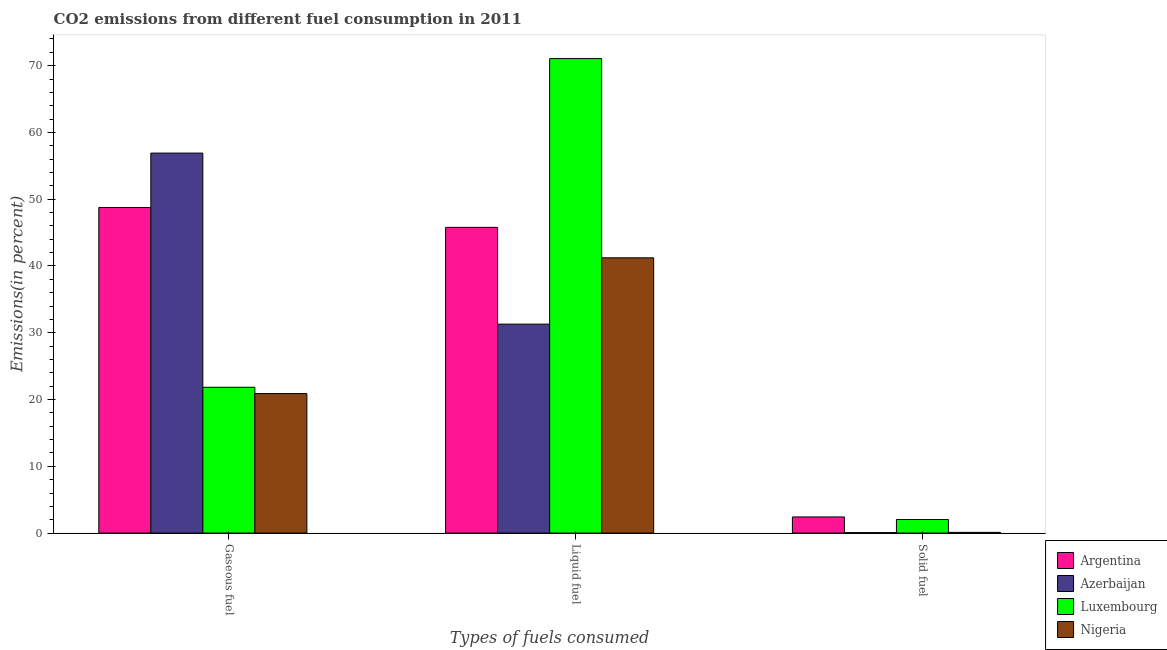
| Types of fuels consumed | Argentina | Azerbaijan | Luxembourg | Nigeria |
 | --- | --- | --- | --- | --- |
 | Gaseous fuel | 48.8 | 56.9 | 21.8 | 20.9 |
 | Liquid fuel | 45.8 | 31.3 | 71.1 | 41.2 |
 | Solid fuel | 2.42 | 0.0658 | 2.03 | 0.104 |